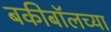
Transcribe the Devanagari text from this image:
बकीबॉलच्या